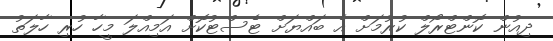
ދިއުން ކޮންޓްރޯލް ކުރުމަށް އެ ބައްޔަށް ޓެސްޓުކޮށް އަމިއްލަ މީހާ ހުރި ހާލަތު